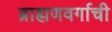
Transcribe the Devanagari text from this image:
ब्राह्मणवर्गाची